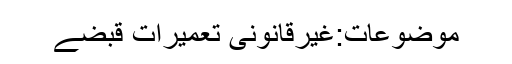
موضوعات:غیرقانونی تعمیرات قبضے